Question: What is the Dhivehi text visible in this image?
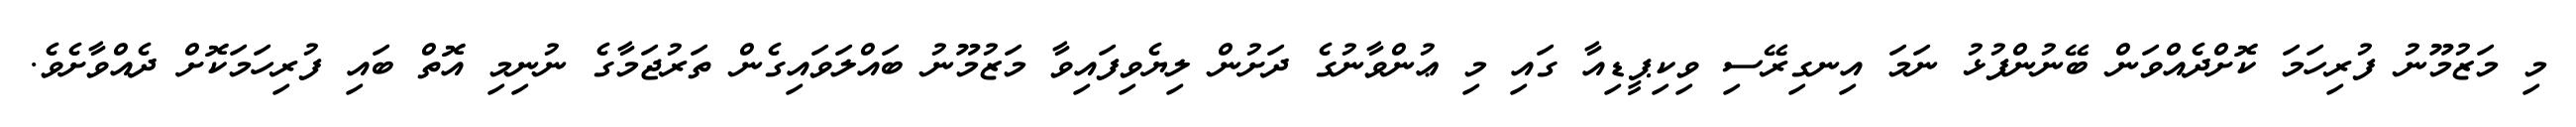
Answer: މި މަޒުމޫނު ފުރިހަމަ ކޮށްދެއްވަން ބޭނުންފުޅު ނަމަ އިނގިރޭސި ވިކިޕީޑިއާ ގައި މި ޢުންވާނުގެ ދަށުން ލިޔެވިފައިވާ މަޒުމޫނު ބައްލަވައިގެން ތަރުޖަމާގެ ނުނިމި އޮތް ބައި ފުރިހަމަކޮށް ދެއްވާށެވެ.